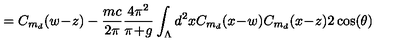
= C _ { m _ { d } } ( w \! - \! z ) - \frac { m c } { 2 \pi } \frac { 4 \pi ^ { 2 } } { \pi \! + \! g } \int _ { \Lambda } d ^ { 2 } x C _ { m _ { d } } ( x \! - \! w ) C _ { m _ { d } } ( x \! - \! z ) 2 \cos ( \theta )